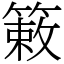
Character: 𫂙